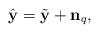
LaTeX: \begin{align*}\hat{\mathbf{y}}=\tilde{\mathbf{y}}+\mathbf{n}_q,\end{align*}